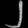
Digit: ၂